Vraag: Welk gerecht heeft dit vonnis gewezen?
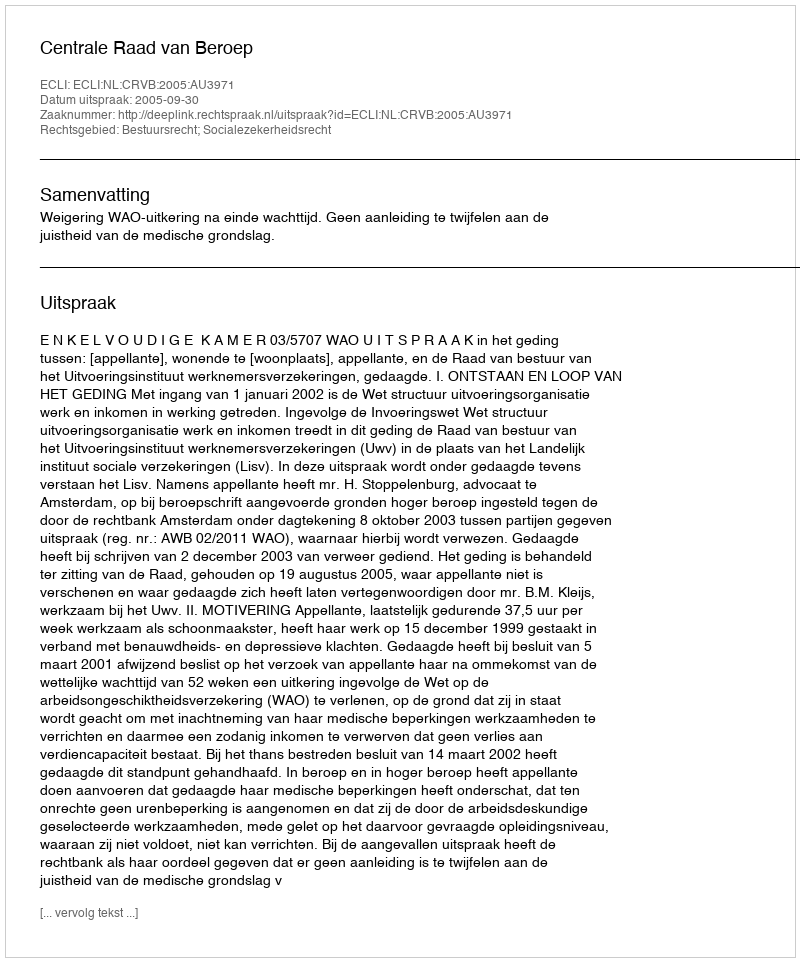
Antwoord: Centrale Raad van Beroep